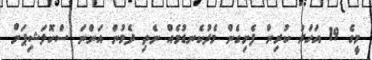
މީގެ 19 އަހަރު ކުރިން ފެށިގެން މެދުކެނޑުމެއް ނެތި ދެމުން އަންނަ ސްކޮލަޝިޕަށް